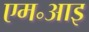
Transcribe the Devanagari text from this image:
एम॰आइ